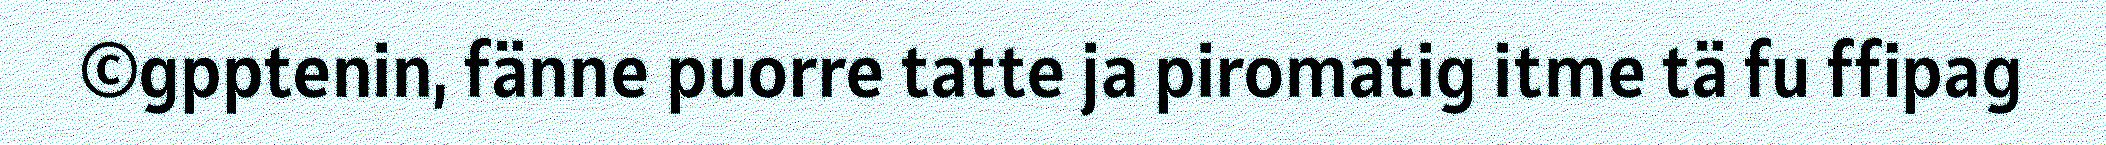
©gpptenin, fänne puorre tatte ja piromatig itme tä fu ffipag